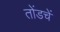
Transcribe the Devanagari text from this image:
तोंडचें